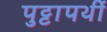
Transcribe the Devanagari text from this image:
पुट्टापर्थी